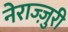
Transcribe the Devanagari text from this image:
नेराज्ज़ुरी